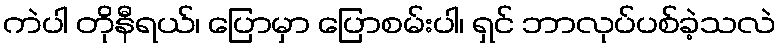
ကဲပါ တိုနီရယ်၊ ပြောမှာ ပြောစမ်းပါ၊ ရှင် ဘာလုပ်ပစ်ခဲ့သလဲ